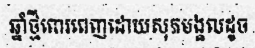
ឆ្នាំថ្មីពោរពេញដោយសុភមង្គលដូច